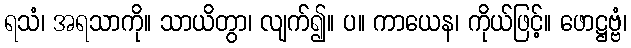
ရသံ၊ အရသာကို။ သာယိတွာ၊ လျက်၍။ ပ။ ကာယေန၊ ကိုယ်ဖြင့်။ ဖောဋ္ဌဗ္ဗံ၊